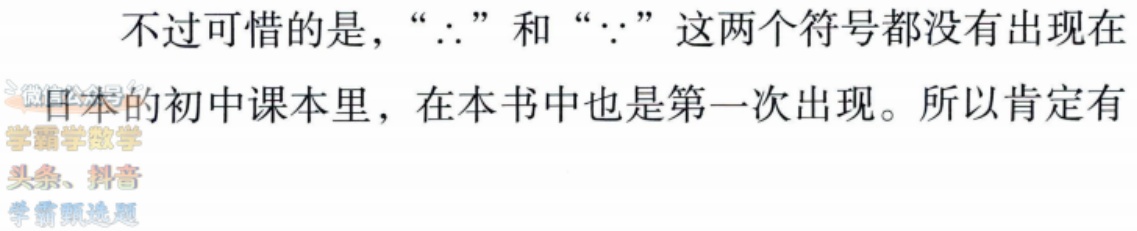
不过可惜的是，“$\therefore$”和“$\because$”这两个符号都没有出现在日本的初中课本里，在本书中也是第一次出现。所以肯定有